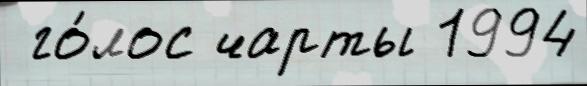
 го́лос чарты 1994